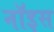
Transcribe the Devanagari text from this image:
नॉइस